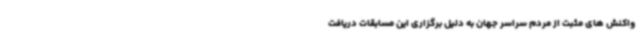
واکنش های مثبت از مردم سراسر جهان به دلیل برگزاری این مسابقات دریافت